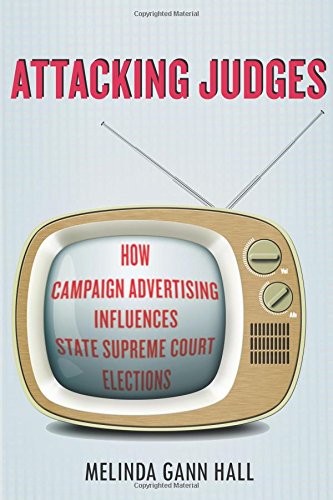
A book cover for Attacking Judges: How Campaign Advertising Influences State Supreme Court Elections (Stanford Studies in Law and Politics); Melinda Hall; Law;